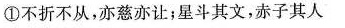
①不折不从，亦慈亦让；星斗其文，赤子其人